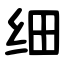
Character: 细